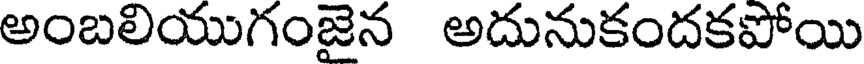
అంబలియుగంజైన అదునుకందకపోయి